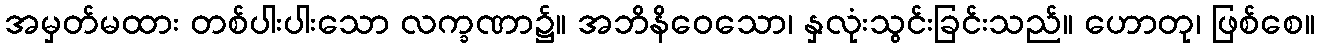
အမှတ်မထား တစ်ပါးပါးသော လက္ခဏာ၌။ အဘိနိဝေသော၊ နှလုံးသွင်းခြင်းသည်။ ဟောတု၊ ဖြစ်စေ။